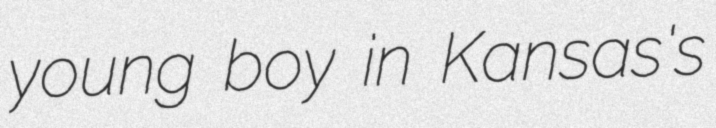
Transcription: young boy in Kansas's